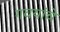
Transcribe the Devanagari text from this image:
गवयांचे